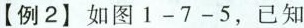
【例2】如图1-7-5，已知